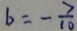
b = - \frac { 7 } { 1 0 }